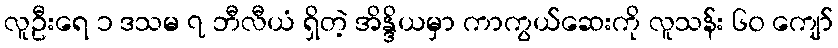
လူဦးရေ ၁ ဒသမ ၇ ဘီလီယံ ရှိတဲ့ အိန္ဒိယမှာ ကာကွယ်ဆေးကို လူသန်း ၆၀ ကျော်